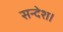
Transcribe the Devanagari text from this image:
सन्देश।